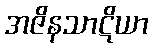
အဇိနသာဋိယာ